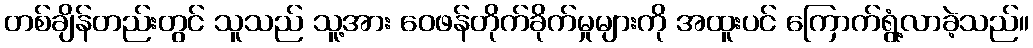
တစ်ချိန်တည်းတွင် သူသည် သူ့အား ဝေဖန်တိုက်ခိုက်မှုများကို အထူးပင် ကြောက်ရွံ့လာခဲ့သည်။